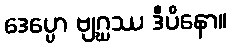
ဒေပ္ပော ဗျဂ္ဃဿ ဒီပိနော။